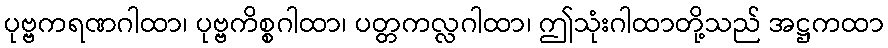
ပုဗ္ဗကရဏဂါထာ၊ ပုဗ္ဗကိစ္စဂါထာ၊ ပတ္တကလ္လဂါထာ၊ ဤသုံးဂါထာတို့သည် အဋ္ဌကထာ